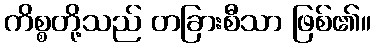
ကိစ္စတို့သည် တခြားစီသာ ဖြစ်၏။